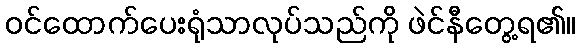
ဝင်ထောက်ပေးရုံသာလုပ်သည်ကို ဖဲင်နီတွေ့ရ၏။